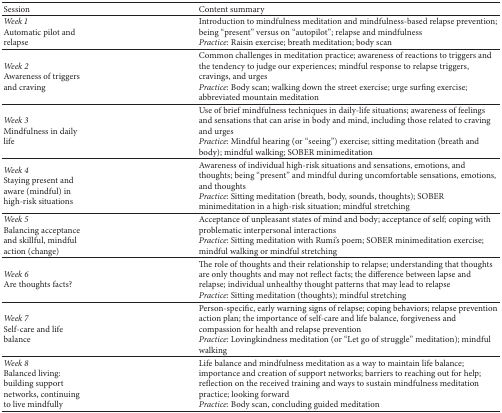
| Session | Content summary |
 | --- | --- |
 | Week 1 Automatic pilot and relapse | Introduction to mindfulness meditation and mindfulness-based relapse prevention; being “present” versus on “autopilot”; relapse and mindfulness Practice: Raisin exercise; breath meditation; body scan |
 | Week 2 Awareness of triggers and craving | Common challenges in meditation practice; awareness of reactions to triggers and the tendency to judge our experiences; mindful response to relapse triggers, cravings, and urges Practice: Body scan; walking down the street exercise; urge surfing exercise; abbreviated mountain meditation |
 | Week 3 Mindfulness in daily life | Use of brief mindfulness techniques in daily-life situations; awareness of feelings and sensations that can arise in body and mind, including those related to craving and urges Practice: Mindful hearing (or “seeing”) exercise; sitting meditation (breath and body); mindful walking; SOBER minimeditation |
 | Week 4 Staying present and aware (mindful) in high-risk situations | Awareness of individual high-risk situations and sensations, emotions, and thoughts; being “present” and mindful during uncomfortable sensations, emotions, and thoughts Practice: Sitting meditation (breath, body, sounds, thoughts); SOBER minimeditation in a high-risk situation; mindful stretching |
 | Week 5 Balancing acceptance and skillful, mindful action (change) | Acceptance of unpleasant states of mind and body; acceptance of self; coping with problematic interpersonal interactions Practice: Sitting meditation with Rumi's poem; SOBER minimeditation exercise; mindful walking or mindful stretching |
 | Week 6 Are thoughts facts? | The role of thoughts and their relationship to relapse; understanding that thoughts are only thoughts and may not reflect facts; the difference between lapse and relapse; individual unhealthy thought patterns that may lead to relapse Practice: Sitting meditation (thoughts); mindful stretching |
 | Week 7 Self-care and life balance | Person-specific, early warning signs of relapse; coping behaviors; relapse prevention action plan; the importance of self-care and life balance, forgiveness and compassion for health and relapse prevention Practice: Lovingkindness meditation (or “Let go of struggle” meditation); mindful walking |
 | Week 8 Balanced living: building support networks, continuing to live mindfully | Life balance and mindfulness meditation as a way to maintain life balance; importance and creation of support networks; barriers to reaching out for help; reflection on the received training and ways to sustain mindfulness meditation practice; looking forward Practice: Body scan, concluding guided meditation |